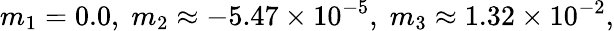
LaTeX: m_{1}=0.0,\; m_{2}\approx-5.47\times 10^{-5},\; m_{3}\approx 1.32\times 10^{-2},